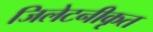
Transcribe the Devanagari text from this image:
जिलेटनीकृत